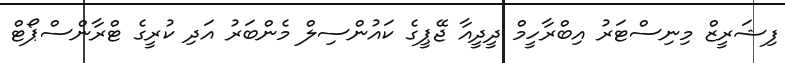
ފިޝަރީޒް މިނިސްޓަރު އިބްރާހީމް ދީދީއާ ޖޭޕީގެ ކައުންސިލް މެންބަރު އަދި ކުރީގެ ޓްރާންސްޕޯޓް